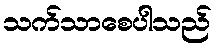
သက်သာစေပါသည်